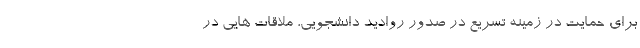
برای حمایت در زمینه تسریع در صدور روادید دانشجویی، ملاقات هایی در